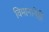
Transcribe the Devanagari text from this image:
विमानानेही